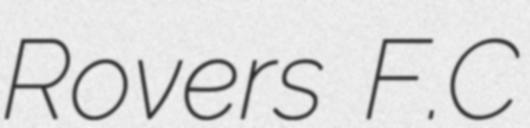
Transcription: Rovers F.C